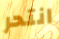
انتحر